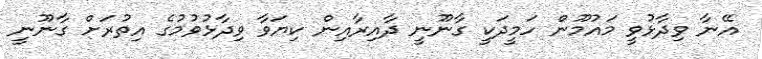
އޭނާ ވިދާޅުވީ މައުމޫން ހަމީދަކީ ގާނޫނީ ދާއިރާއިން ކިޔަވާ ވިދާޅުވުމުގެ އިތުރަށް ގާނޫނީ